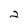
Character: 2